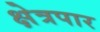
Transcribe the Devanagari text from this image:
क्षेत्रपार